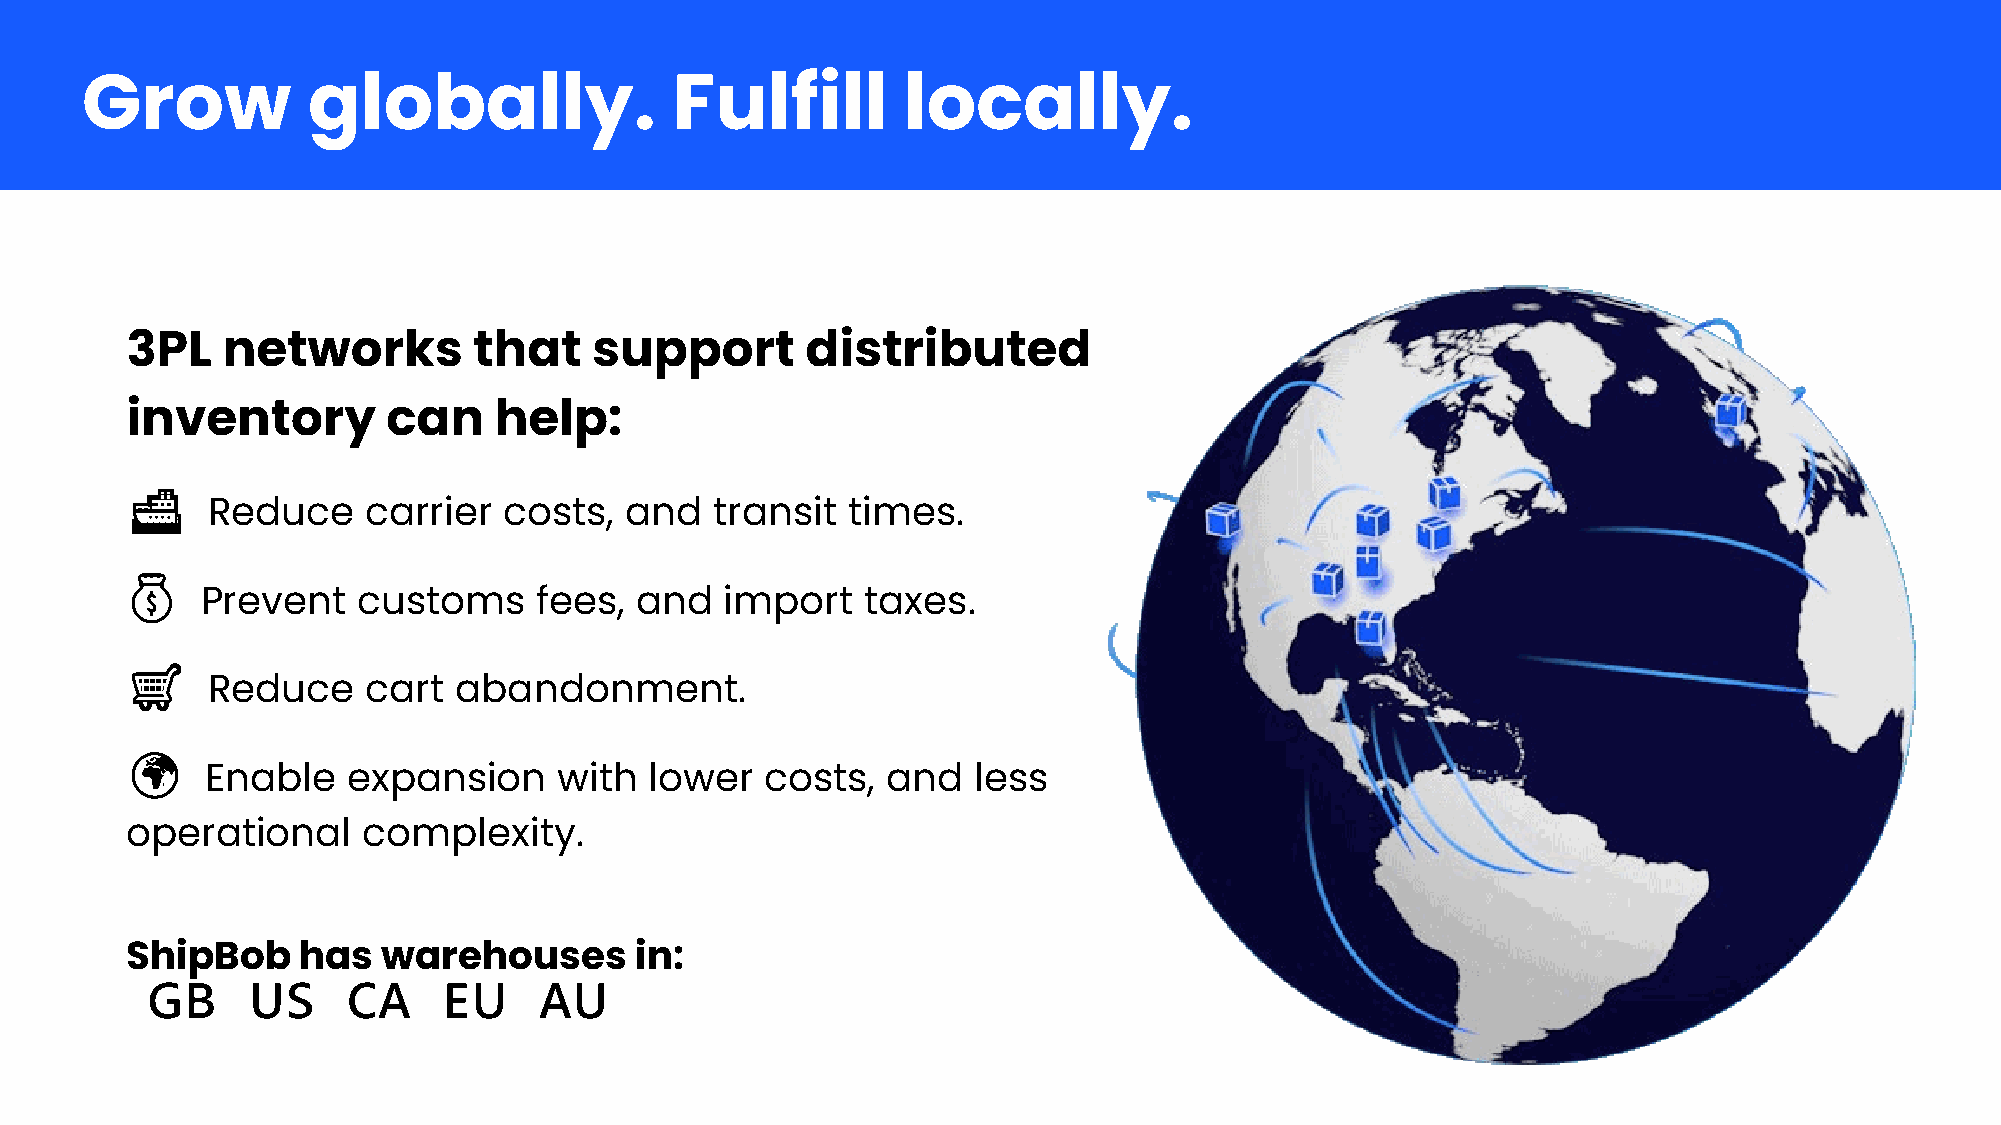
Grow           globally.                Fulfill        locally.
 3PL    networks        that    support       distributed
 inventory         can    help:
 🚢🚢
 Reduce    carrier  costs,  and   transit  times.
 💰💰
 Prevent    customs    fees,  and   import   taxes.
 🛒🛒
 Reduce    cart  abandonment.
 🌍🌍
 Enable   expansion     with  lower   costs,  and  less
 operational     complexity.
 ShipBob     has  warehouses       in:
 🇬🇬🇬🇬  🇺🇺🇺🇺   🇨🇨🇨🇨  🇪🇪🇺🇺   🇨🇨🇺🇺